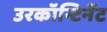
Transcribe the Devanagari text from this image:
उरकॉन्टिनेंट